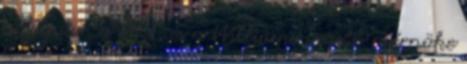
a Jaguar, a HRT, és a Williams vezető mérnöke